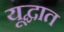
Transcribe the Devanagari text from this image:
यूद्घात